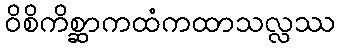
ဝိစိကိစ္ဆာကထံကထာသလ္လဿ